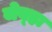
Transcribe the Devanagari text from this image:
जेव्‍हा